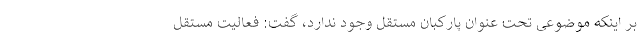
بر اینکه موضوعی تحت عنوان پارکبان مستقل وجود ندارد، گفت: فعالیت مستقل